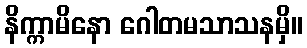
နိက္ကာမိနော ဂေါတမသာသနမှိ။